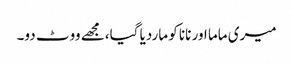
میری ماما اور نانا کو ماردیا گیا،مجھے ووٹ دو۔